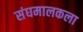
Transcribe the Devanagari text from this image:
संघमालकला